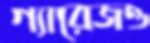
গ্যারেজও